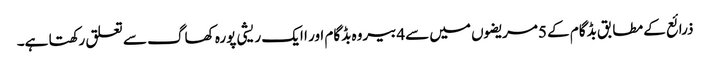
ذرائع کے مطابق بڈگام کے 5مریضوں میں سے4بیروہ بڈگام اور ا ایک ریشی پورہ کھاگ سے تعلق رکھتا ہے۔